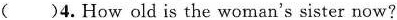
( )4. How old is the woman's sister now?